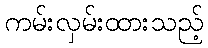
ကမ်းလှမ်းထားသည့်